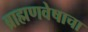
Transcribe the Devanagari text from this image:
ब्राह्मणवेषाचा